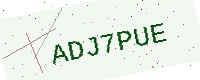
Text: ADJ7PUE